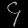
Digit: ၄